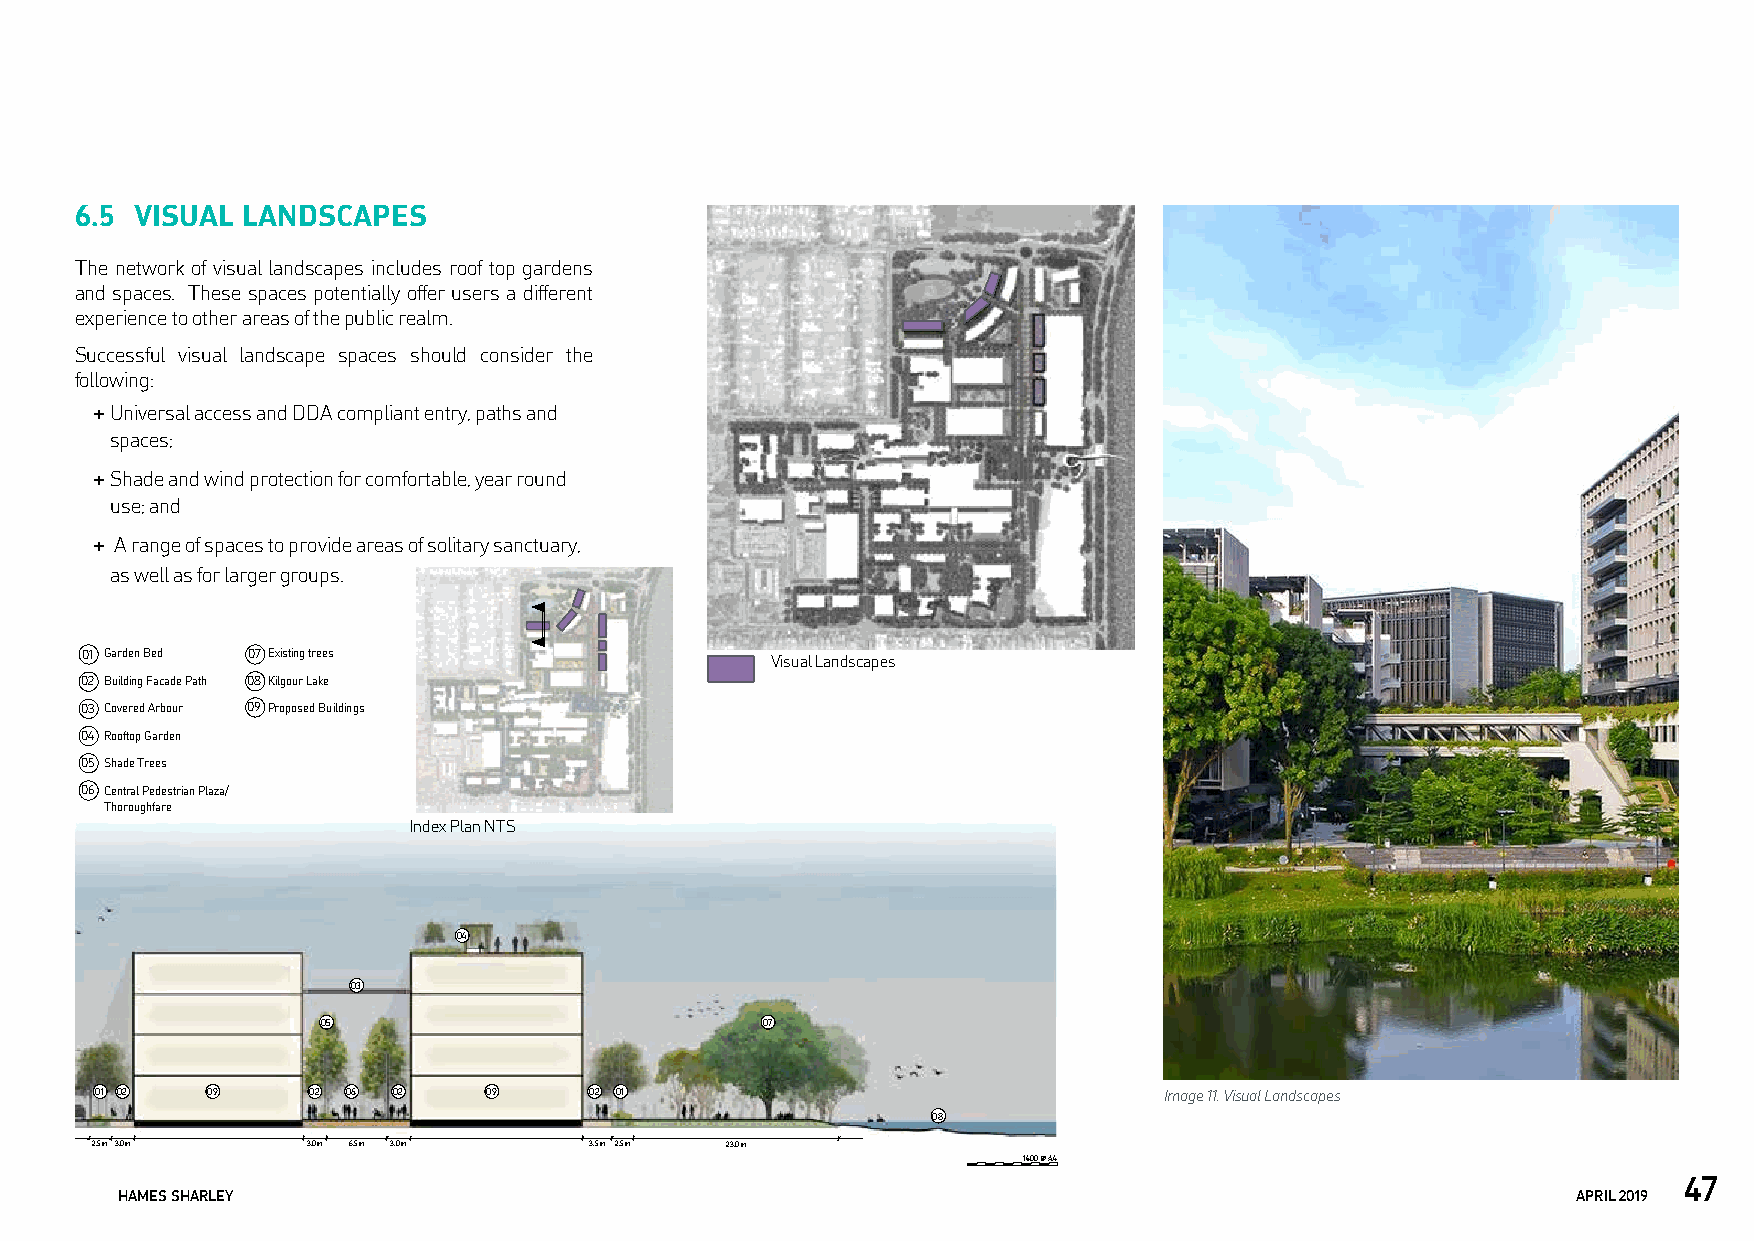
6.5 VISUAL LANDSCAPES
 The network of visual landscapes includes roof top gardens
 and spaces. These spaces potentially offer users a different
 experience to other areas of the public realm.
 Successful visual landscape spaces should consider the
 following:
 + Universal access and DDA compliant entry, paths and
 spaces;
 + Shade and wind protection for comfortable, year round
 use; and
 + A range of spaces to provide areas of solitary sanctuary,
 as well as for larger groups.
 01 Garden Bed 07 Existing trees               Visual Landscapes
 02 Building Facade Path 08 Kilgour Lake
 03 Covered Arbour 09 Proposed Buildings
 04 Rooftop Garden
 05 Shade Trees
 06 Central Pedestrian Plaza/
 Thoroughfare
 Index Plan NTS
 04
 03
 05                           07
 01 02   09    02 06 02    09     02 01                                 Image 11. Visual Landscapes
 08
 2.5m 3.0m     3.0m 6.5m 3.0m     3.5m 2.5m 23.0m
 1:400 @ A4
 47
 HAMES SHARLEY                                                                                   APRIL 2019